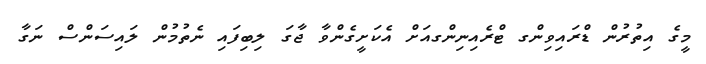
މީގެ އިތުރުން ޑްރައިވިންގ ޓްރެއިނިންގއަށް އެކަށީގެންވާ ޖާގަ ލިބިފައި ނެތުމުން ލައިސަންސް ނަގާ